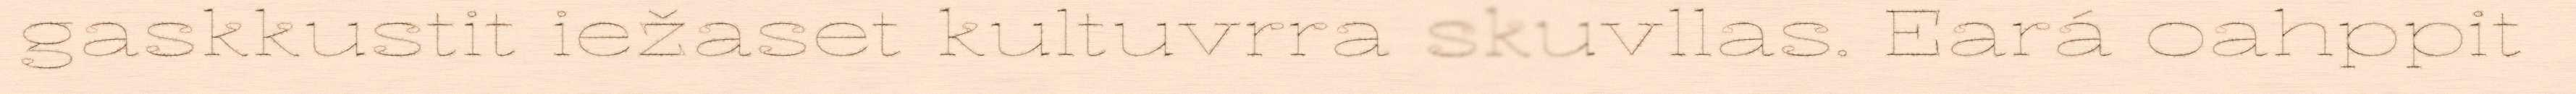
gaskkustit iežaset kultuvrra skuvllas. Eará oahppit